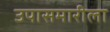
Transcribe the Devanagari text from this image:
उपासमारीला